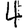
Digit: 4